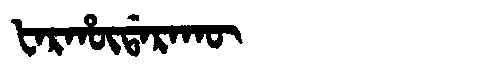
Manchu: ᡶᠠᡵᡥᡡᡩᠠᡵᠠᡴᡡ
Romanization: FARHŪDARAKŪ